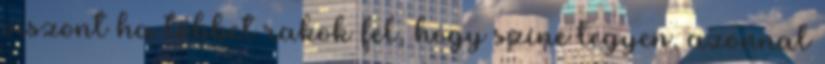
viszont ha többet rakok fel, hogy színe legyen, azonnal